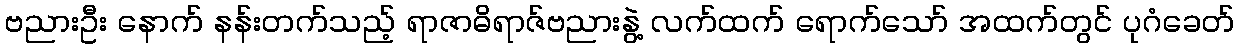
ဗညားဦး နောက် နန်းတက်သည့် ရာဇာဓိရာဇ်ဗညားနွဲ့ လက်ထက် ရောက်သော် အထက်တွင် ပုဂံခေတ်